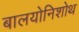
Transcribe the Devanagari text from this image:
बालयोनिशोथ